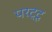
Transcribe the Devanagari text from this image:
परट्टू